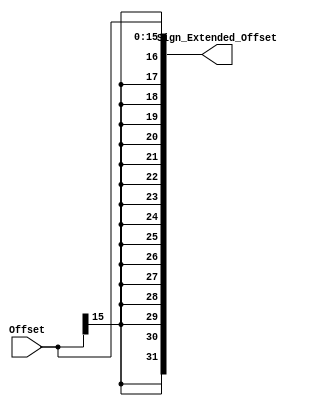
`timescale 1ns / 1ps

module Sign_Extender(
    input [15:0] Offset,
    output [31:0] Sign_Extended_Offset
    );
    
    assign Sign_Extended_Offset = {{16{Offset[15]}},Offset};
    
endmodule